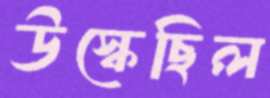
উস্‌কেছিল